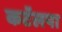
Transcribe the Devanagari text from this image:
कटॅलपा